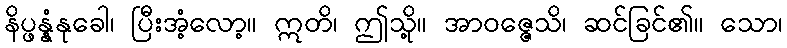
နိပ္ဖန္နံနုခေါ၊ ပြီးအံ့လော့။ ဣတိ၊ ဤသို့။ အာဝဇ္ဇေသိ၊ ဆင်ခြင်၏။ သော၊